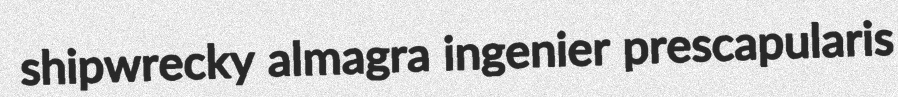
shipwrecky almagra ingenier prescapularis